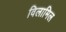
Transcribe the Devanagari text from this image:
विलामिल